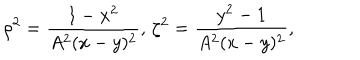
\rho ^ { 2 } = \frac { 1 - x ^ { 2 } } { A ^ { 2 } ( x - y ) ^ { 2 } } , \, \zeta ^ { 2 } = \frac { y ^ { 2 } - 1 } { A ^ { 2 } ( x - y ) ^ { 2 } } ,